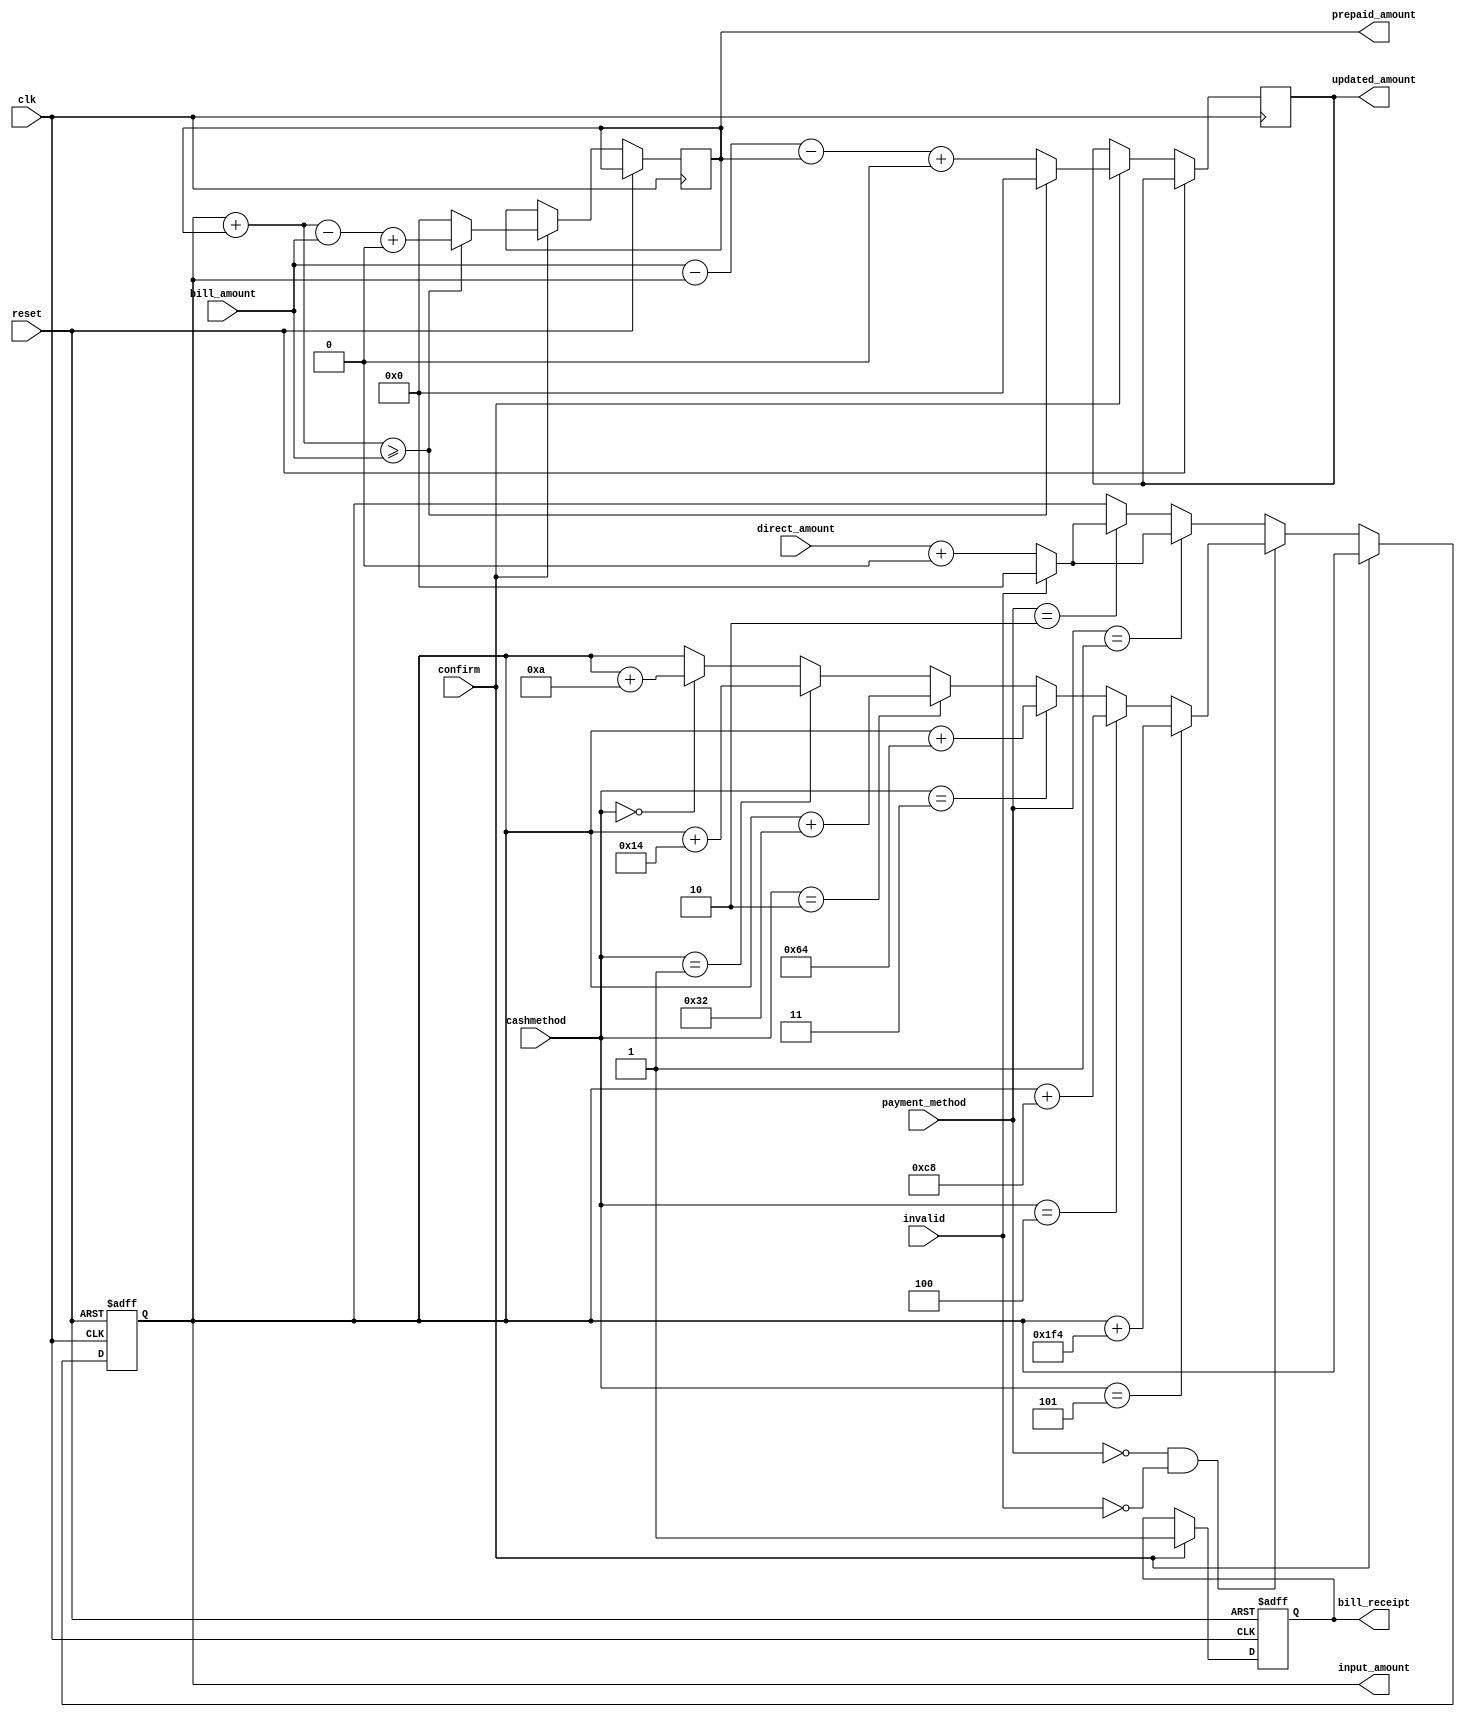
module atp_cont(
input wire clk,
input wire reset,
input wire confirm,
input wire [15:0] direct_amount, //input from dd,cheque
input wire [2:0] cashmethod, // notes inserted
input wire [1:0] payment_method, //cash,cheque,dd
input wire [15:0] bill_amount,
input wire invalid, //checks for validity of inputs
output reg [15:0] prepaid_amount, //next cycle adjustment
output reg [15:0] input_amount, //total input amount
output reg [15:0] updated_amount, //new bill amount if not completely paid
output reg bill_receipt //receipt generation
);


initial
begin
	prepaid_amount<=16'd000;
	input_amount <= 16'd000;
	updated_amount <= 16'd000;
	bill_receipt <= 1'b0;
end


always @(negedge clk or posedge reset)
begin
	if(reset)
	begin
		input_amount <= 16'd000;
		bill_receipt <= 1'b0;
	end
	else if(confirm) //
	begin
		if((input_amount +prepaid_amount) >= bill_amount) //full amount paid
		begin
			prepaid_amount <= input_amount + prepaid_amount - bill_amount +16'd0;//adjustment in next cycle
			updated_amount <= 16'd0;
		end
		else //bill not completely paid
		begin
			updated_amount <= bill_amount - input_amount - prepaid_amount + 16'd0;//new bill
			prepaid_amount <= 16'd0;
		end
		bill_receipt <= 1'b1; //receipt generated
	end
	else
	begin
		
			if(payment_method == 2'b00 & !invalid)//cash + torn or invalid note check
			begin 
		
					if (cashmethod == 3'b000) //10 rs
					begin
						input_amount <= input_amount + 16'd10;
					end
					if (cashmethod == 3'b001) //20 rs
					begin
						input_amount <= input_amount + 16'd20;
					end
					if (cashmethod == 3'b010) //50 rs
					begin
						input_amount <= input_amount + 16'd50;
					end
					if (cashmethod == 3'b011) //100 rs
					begin
						input_amount <= input_amount + 16'd100;
					end
					if (cashmethod == 3'b100) //200 rs
					begin
						input_amount <= input_amount + 16'd200;
					end
					if (cashmethod == 3'b101) //500 rs
					begin
						input_amount <= input_amount + 16'd500;
					end
			end
			else if(payment_method == 2'b01) //cheque
			begin 
				input_amount <= direct_amount + 16'd0;
				if(invalid)
					input_amount <= 16'd0;
			end
			else if(payment_method == 2'b10) //dd
			begin 
				input_amount <= direct_amount + 16'd0;
				if(invalid)
					input_amount <= 16'd0;
			end
			else if(payment_method == 2'b11) //do nothing
			begin 
			end
	end
end
endmodule